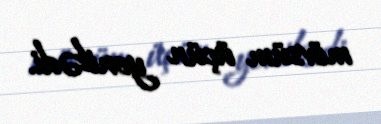
mövsüm üçün yenilədi.